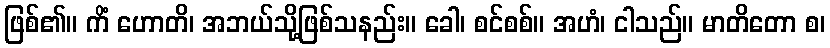
ဖြစ်၏။ ကိံ ဟောတိ၊ အဘယ်သို့ဖြစ်သနည်း။ ခေါ၊ စင်စစ်။ အဟံ၊ ငါသည်။ မာတိတော စ၊